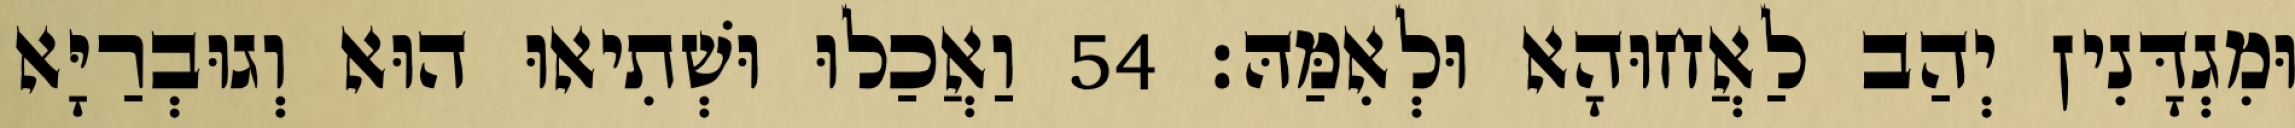
וּמִגְדָּנִין יְהַב לַאֲחוּהָא וּלְאִמַּהּ׃ 54 וַאֲכַלוּ וּשְׁתִיאוּ הוּא וְגוּבְרַיָּא